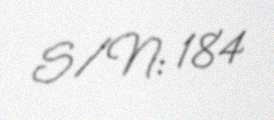
S/N: 184